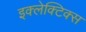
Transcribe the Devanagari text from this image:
इक्लेक्टिक्स